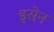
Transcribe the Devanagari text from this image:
इसेन